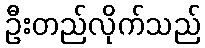
ဦးတည်လိုက်သည်